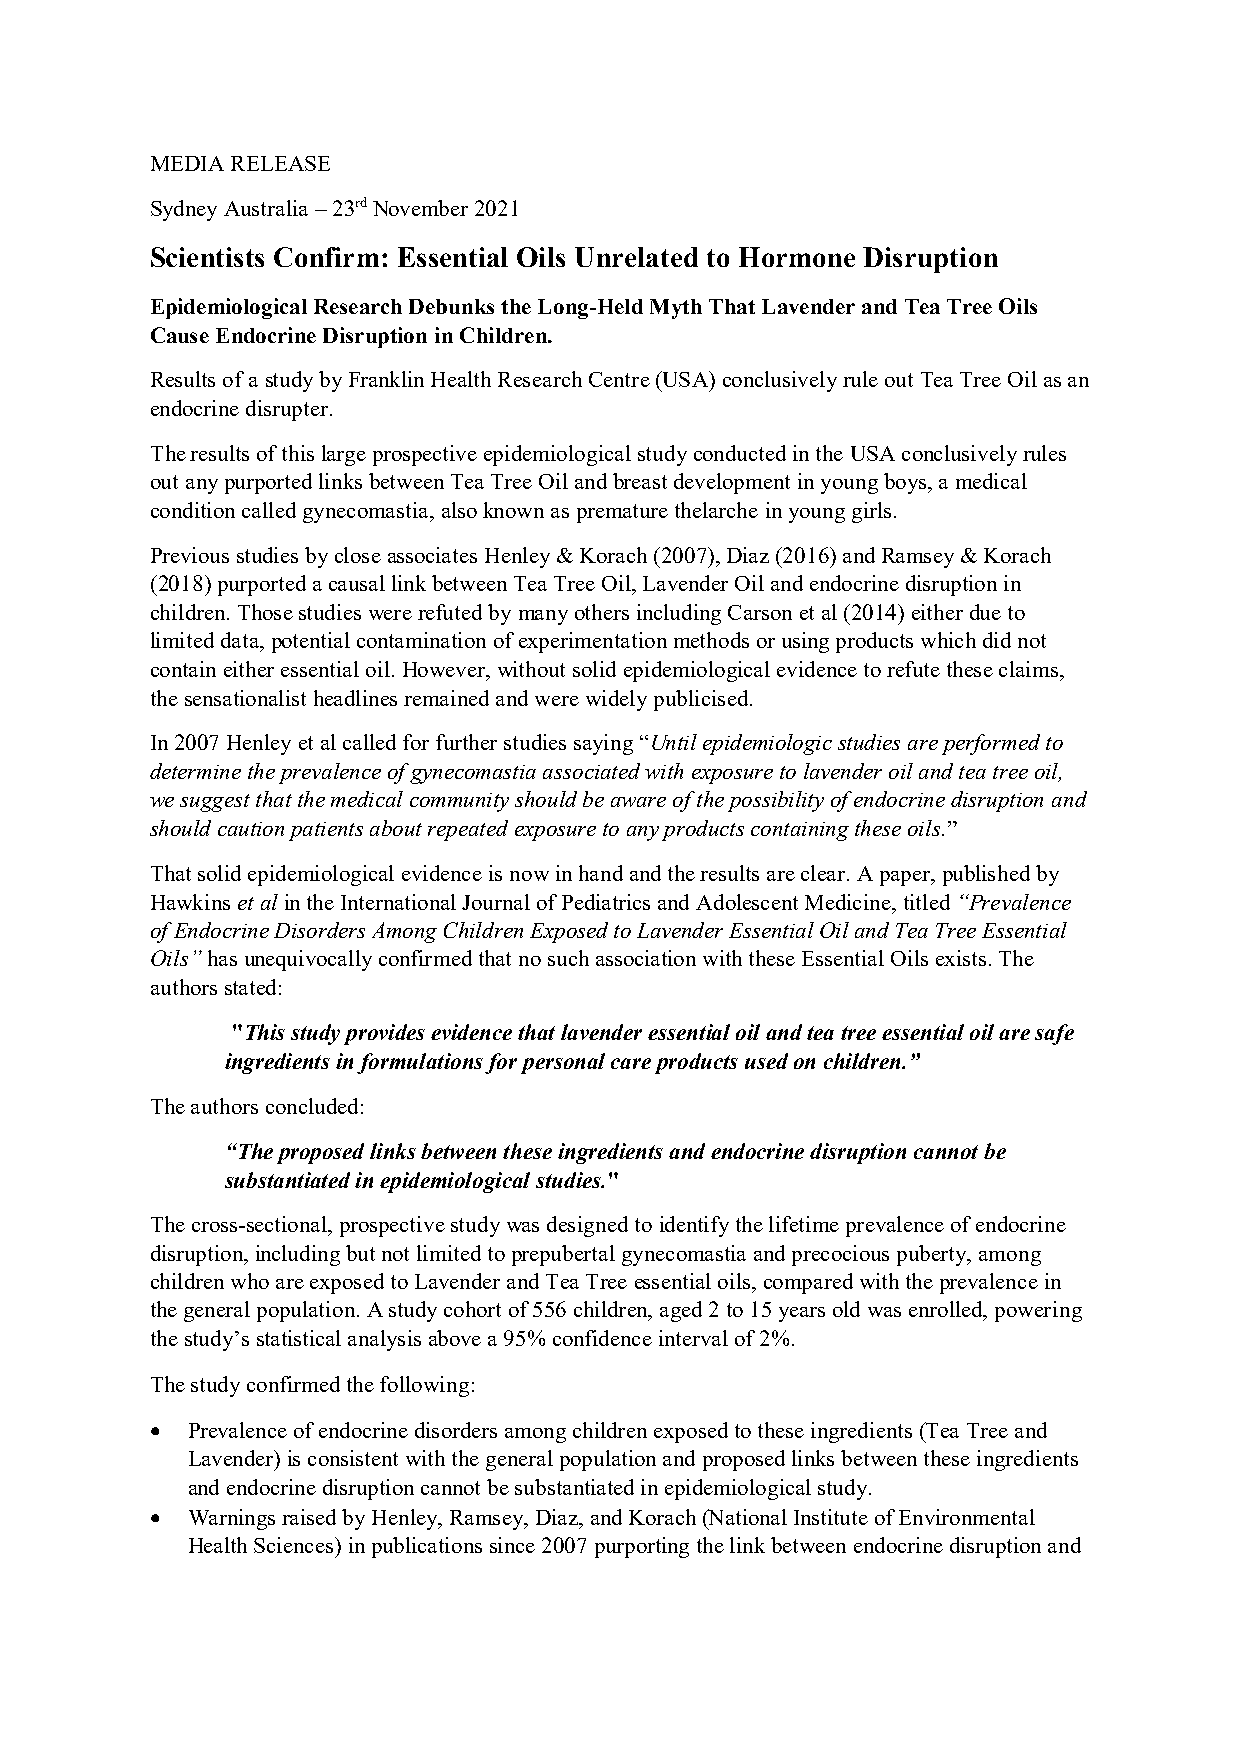
MEDIA RELEASE
 Sydney Australia – 23rd November 2021
 Scientists Confirm: Essential Oils Unrelated to Hormone Disruption
 Epidemiological Research Debunks the Long-Held Myth That Lavender and Tea Tree Oils
 Cause Endocrine Disruption in Children.
 Results of a study by Franklin Health Research Centre (USA) conclusively rule out Tea Tree Oil as an
 endocrine disrupter.
 The results of this large prospective epidemiological study conducted in the USA conclusively rules
 out any purported links between Tea Tree Oil and breast development in young boys, a medical
 condition called gynecomastia, also known as premature thelarche in young girls.
 Previous studies by close associates Henley & Korach (2007), Diaz (2016) and Ramsey & Korach
 (2018) purported a causal link between Tea Tree Oil, Lavender Oil and endocrine disruption in
 children. Those studies were refuted by many others including Carson et al (2014) either due to
 limited data, potential contamination of experimentation methods or using products which did not
 contain either essential oil. However, without solid epidemiological evidence to refute these claims,
 the sensationalist headlines remained and were widely publicised.
 In 2007 Henley et al called for further studies saying “Until epidemiologic studies are performed to
 determine the prevalence of gynecomastia associated with exposure to lavender oil and tea tree oil,
 we suggest that the medical community should be aware of the possibility of endocrine disruption and
 should caution patients about repeated exposure to any products containing these oils.”
 That solid epidemiological evidence is now in hand and the results are clear. A paper, published by
 Hawkins et al in the International Journal of Pediatrics and Adolescent Medicine, titled “Prevalence
 of Endocrine Disorders Among Children Exposed to Lavender Essential Oil and Tea Tree Essential
 Oils” has unequivocally confirmed that no such association with these Essential Oils exists. The
 authors stated:
 "This study provides evidence that lavender essential oil and tea tree essential oil are safe
 ingredients in formulations for personal care products used on children.”
 The authors concluded:
 “The proposed links between these ingredients and endocrine disruption cannot be
 substantiated in epidemiological studies."
 The cross-sectional, prospective study was designed to identify the lifetime prevalence of endocrine
 disruption, including but not limited to prepubertal gynecomastia and precocious puberty, among
 children who are exposed to Lavender and Tea Tree essential oils, compared with the prevalence in
 the general population. A study cohort of 556 children, aged 2 to 15 years old was enrolled, powering
 the study’s statistical analysis above a 95% confidence interval of 2%.
 The study confirmed the following:
 • Prevalence of endocrine disorders among children exposed to these ingredients (Tea Tree and
 Lavender) is consistent with the general population and proposed links between these ingredients
 and endocrine disruption cannot be substantiated in epidemiological study.
 • Warnings raised by Henley, Ramsey, Diaz, and Korach (National Institute of Environmental
 Health Sciences) in publications since 2007 purporting the link between endocrine disruption and